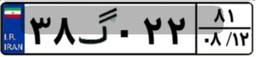
۳۸گ۰۲۲۸۱